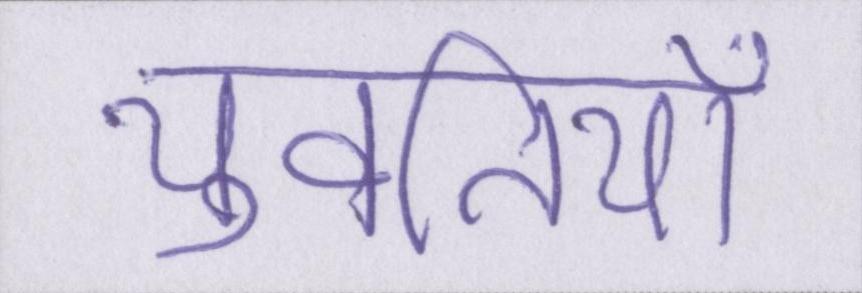
युवतियाँ